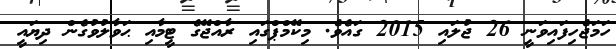
ހަމަޖެހިފައިވަނީ 26 ޖުލައި 2015 ގައެވެ. މިކޭމްޕްގައި ރާއްޖޭގެ ޓީމާއި ޙަވާލުވުގެން ދިޔައީ